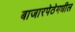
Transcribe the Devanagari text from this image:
बाजारपेठेमधील